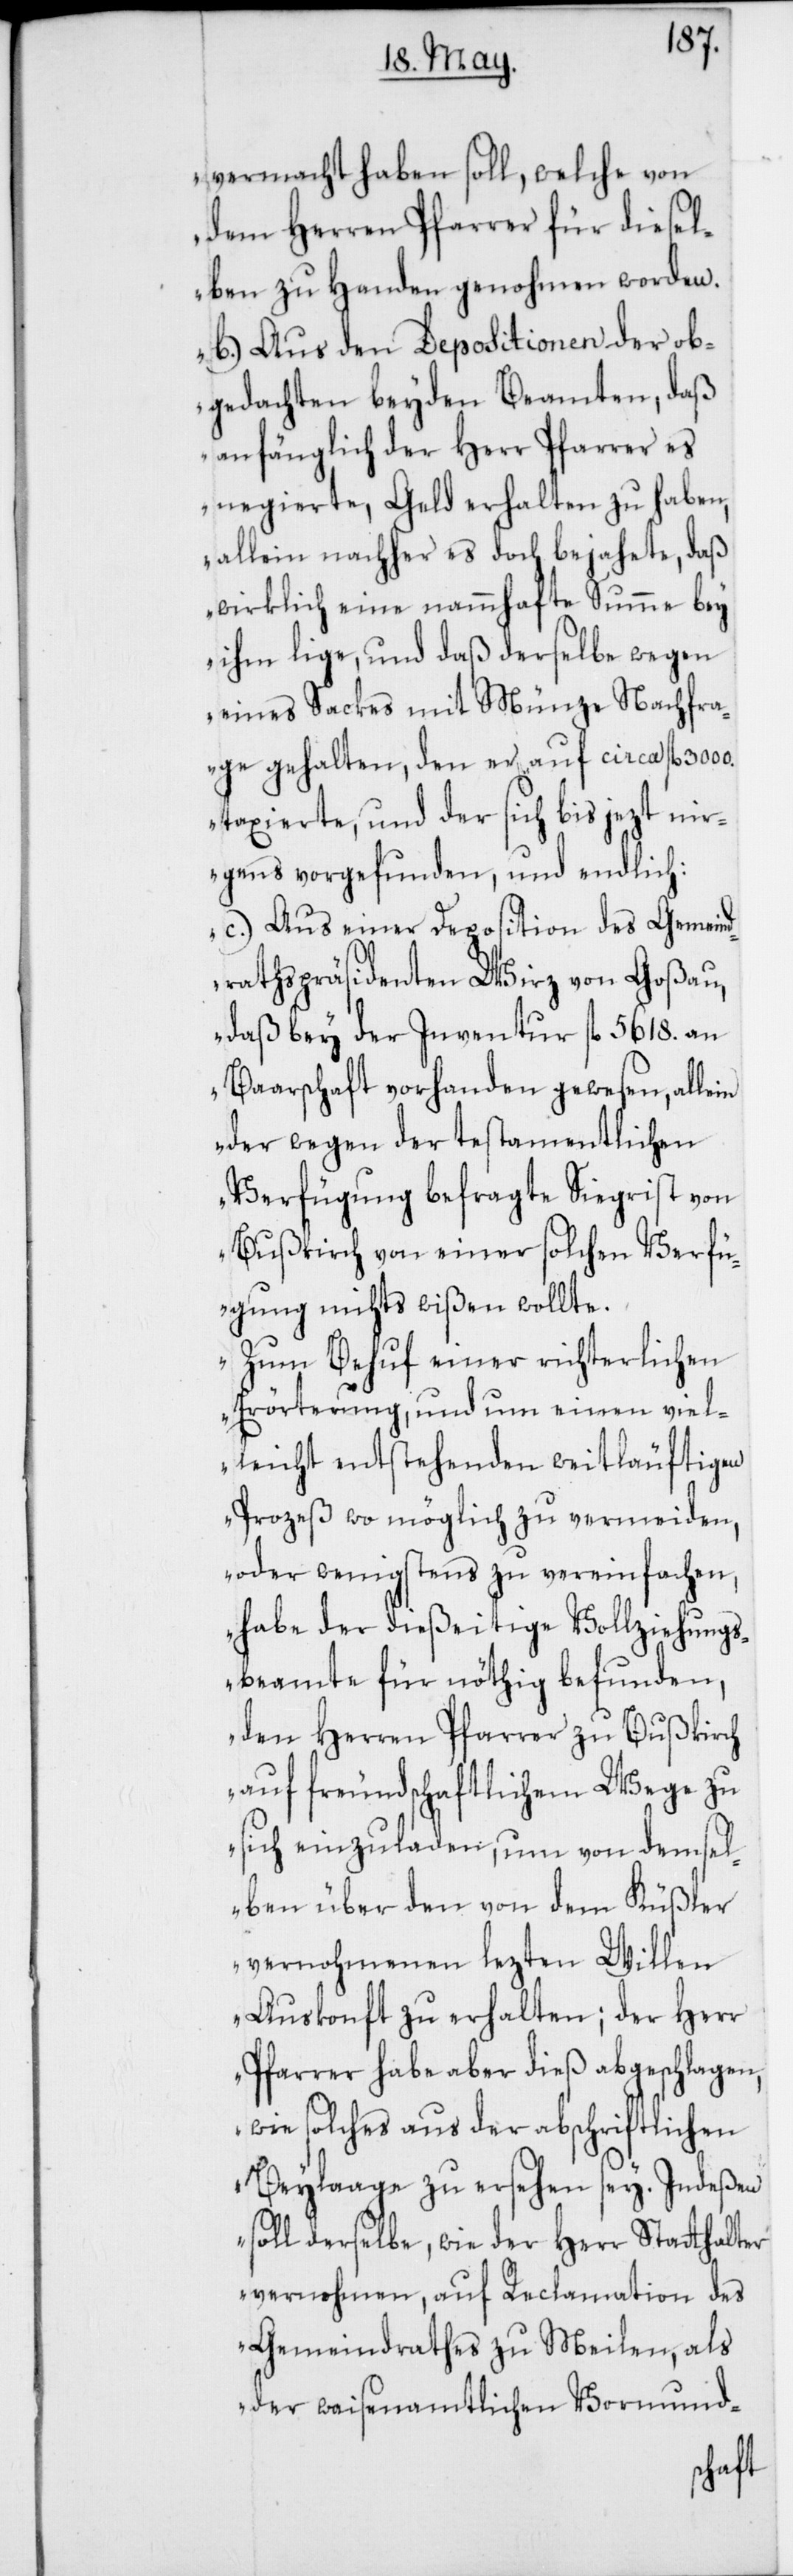
vermacht haben soll, welche von
dem Herren Pfarrer für diesel¬
ben zu Handen genohmen worden.
b.) Aus den Depositionen der ob¬
gedachten beyden Beamten, daß
anfänglich der Herr Pfarrer es
negierte, Geld erhalten zu haben,
allein nachher es doch bejahete, daß
wirklich eine nammhafte Summe bey
ihm lige, und daß derselbe wegen
eines Sackes mit Münze Nachfra¬
ge gehalten, den er auf circa fl.
taxierte, und der sich bis jezt nir¬
gends vorgefunden, und endlich:
c.) Aus einer Deposition des Gemeind¬
rathspräsident Wirz von Goßau,
daß bey der Inventur fl. 5618. an
Baarschaft vorhanden gewesen, allein
der wegen der testamentlichen
Verfügung befragte Siegrist von
Bußkirch von einer solchen Verfü¬
gung nichts wißen wollte.
Zum Behuf einer richterlichen
Erörterung, und um einen viel¬
leicht entstehenden weitläufigen
Prozeß wo möglich zu vermeiden,
oder wenigstens zu vereinfachen,
habe der dießeitige Vollziehungs¬
beamte für nöthig befunden,
den Herren Pfarrer zu Bußkirch
auf freundschaftlichem Wege zu
sich einzuladen, um von demsel¬
ben über den von dem Küßler
vernohmenen lezten Willen
Auskonft zu erhalten; der Herr
Pfarrer habe aber dieß abgeschlagen,
wie solches aus der abschriftlichen
Beylaage zu ersehen sey. Indeßen
soll derselbe, wie der Herr Stathalter
vernohmen, auf Reclamation des
Gemeindrathes zu Meilen, als
der waisenamtlichen Vormund-